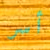
أسر